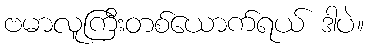
ဗမာလူကြီးတစ်ယောက်ရယ် ဒါပဲ။